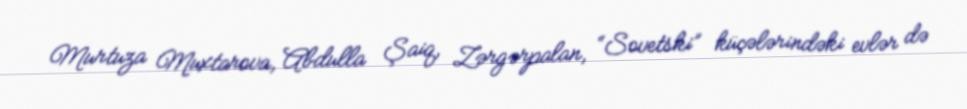
Murtuza Muxtarova, Abdulla Şaiq, Zərgərpalan, “Sovetski” küçələrindəki evlər də